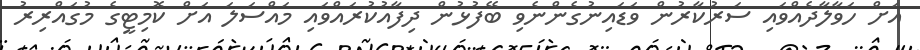
އަށް ހަވާލާދެއްވައި ސަރުކާރުން ވަޑައިނުގެންނެވި ބޭފުޅުން ދިފާއުކުރައްވައި މައްސަލަ އަށް ކޮމިޓީގެ މުގައްރިރު